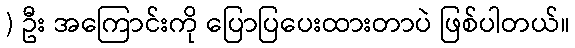
) ဦး အကြောင်းကို ပြောပြပေးထားတာပဲ ဖြစ်ပါတယ်။